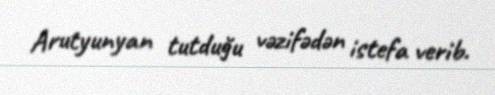
Arutyunyan tutduğu vəzifədən istefa verib.